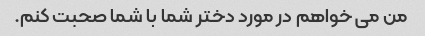
من می خواهم در مورد دختر شما با شما صحبت کنم.